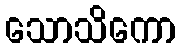
သောသိကော